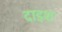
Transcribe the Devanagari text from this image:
दाइश